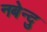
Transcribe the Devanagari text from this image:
नबेन्दु